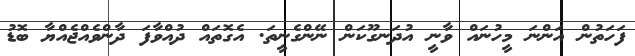
ފަހަތުން އަންނަ މީހުނައް ވާނީ އުދަނގޫކަން ނޭންގެނީތަ. އެގޮތައް ދުއްވާފަ ދާންވެއްޖެއްޔާ ބޮޑު